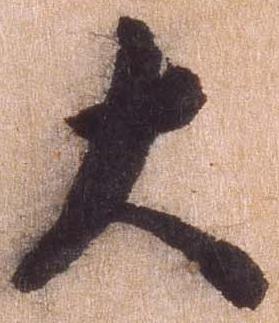
大